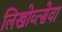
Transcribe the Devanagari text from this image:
लिखोव्त्सेवा